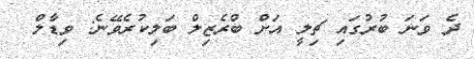
ދެ ވަނަ ބުރުގައި ޗިލީ އަށް ބްރެޒިލް ބަލިކުރެވޭނެ: ވިޑާލް